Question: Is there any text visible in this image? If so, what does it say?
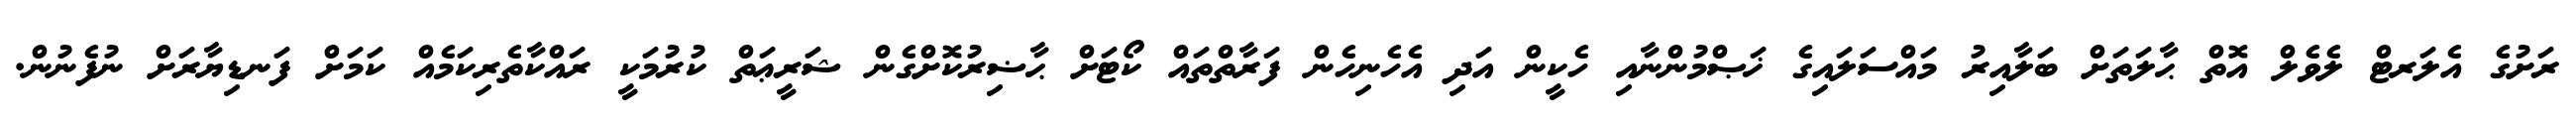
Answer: ރަށުގެ އެލަރޓް ލެވެލް އޮތް ޙާލަތަށް ބަލާއިރު މައްސަލައިގެ ޚަޞްމުންނާއި ހެކީން އަދި އެހެނިހެން ފަރާތްތައް ކޯޓަށް ޙާޟިރުކޮށްގެން ޝަރީޢަތް ކުރުމަކީ ރައްކާތެރިކަމެއް ކަމަށް ފަނޑިޔާރަށް ނުފެނުން.